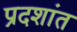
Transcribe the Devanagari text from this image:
प्रदशांत